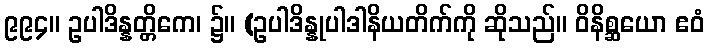
၉၉၄။ ဥပါဒိန္နတ္တိကေ၊ ၌။ (ဥပါဒိန္နုပါဒါနိယတိက်ကို ဆိုသည်။ ဝိနိစ္ဆယော ဧဝံ